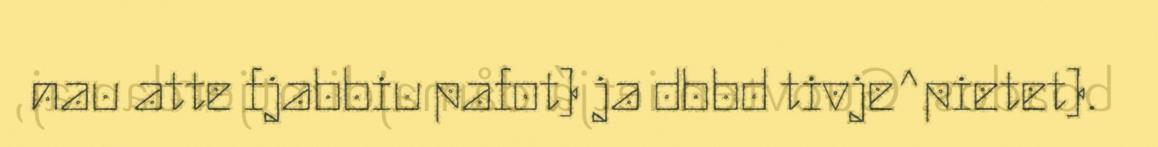
nau atte fjabbiu pafot) ja dbbd tivje^pietet).